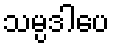
သမ္ပဒါပေ